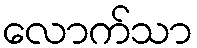
လောက်သာ